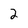
Character: 2